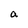
Character: a